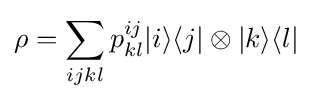
\rho =\sum _{ijkl}p_{kl}^{ij}|i\rangle \langle j|\otimes |k\rangle \langle l|